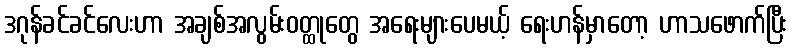
ဒဂုန်ခင်ခင်လေးဟာ အချစ်အလွမ်းဝတ္ထုတွေ အရေးများပေမယ့် ရေးဟန်မှာတော့ ဟာသဖောက်ပြီး